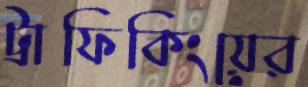
ট্রাফিকিংয়ের